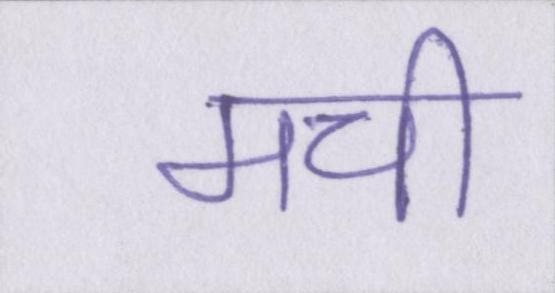
मची